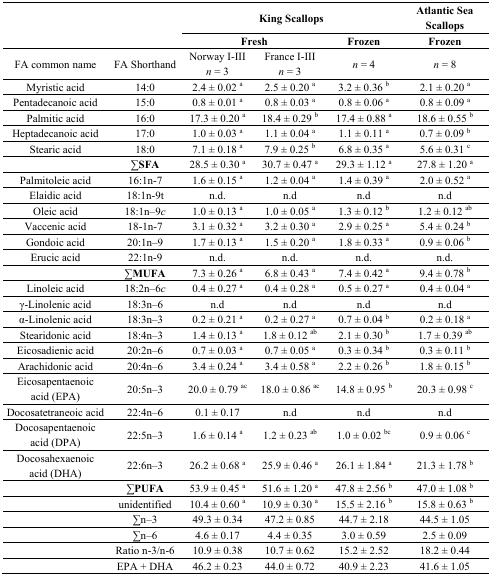
<table><thead><tr><td rowspan="2"></td><td rowspan="2"></td><td colspan="3"><b>King Scallops</b></td><td><b>Atlantic Sea Scallops</b></td></tr><tr><td colspan="2"><b>Fresh</b></td><td><b>Frozen</b></td><td><b>Frozen</b></td></tr></thead><tbody><tr><td>FA common name</td><td>FA Shorthand</td><td>Norway I-III <i>n</i> = 3</td><td>France I-III <i>n</i> = 3</td><td><i>n</i> = 4</td><td><i>n</i> = 8</td></tr><tr><td>Myristic acid</td><td>14:0</td><td>2.4 ± 0.02 <sup>a</sup></td><td>2.5 ± 0.20 <sup>a</sup></td><td>3.2 ± 0.36 <sup>b</sup></td><td>2.1 ± 0.20 <sup>a</sup></td></tr><tr><td>Pentadecanoic acid</td><td>15:0</td><td>0.8 ± 0.01 <sup>a</sup></td><td>0.8 ± 0.03 <sup>a</sup></td><td>0.8 ± 0.06 <sup>a</sup></td><td>0.8 ± 0.09 <sup>a</sup></td></tr><tr><td>Palmitic acid</td><td>16:0</td><td>17.3 ± 0.20 <sup>a</sup></td><td>18.4 ± 0.29 <sup>b</sup></td><td>17.4 ± 0.88 <sup>a</sup></td><td>18.6 ± 0.55 <sup>b</sup></td></tr><tr><td>Heptadecanoic acid</td><td>17:0</td><td>1.0 ± 0.03 <sup>a</sup></td><td>1.1 ± 0.04 <sup>a</sup></td><td>1.1 ± 0.11 <sup>a</sup></td><td>0.7 ± 0.09 <sup>b</sup></td></tr><tr><td>Stearic acid</td><td>18:0</td><td>7.1 ± 0.18 <sup>a</sup></td><td>7.9 ± 0.25 <sup>b</sup></td><td>6.8 ± 0.35 <sup>a</sup></td><td>5.6 ± 0.31 <sup>c</sup></td></tr><tr><td></td><td><b>∑SFA</b></td><td>28.5 ± 0.30 <sup>a</sup></td><td>30.7 ± 0.47 <sup>a</sup></td><td>29.3 ± 1.12 <sup>a</sup></td><td>27.8 ± 1.20 <sup>a</sup></td></tr><tr><td>Palmitoleic acid</td><td>16:1n-7</td><td>1.6 ± 0.15 <sup>a</sup></td><td>1.2 ± 0.04 <sup>a</sup></td><td>1.4 ± 0.39 <sup>a</sup></td><td>2.0 ± 0.52 <sup>a</sup></td></tr><tr><td>Elaidic acid</td><td>18:1n-9t</td><td>n.d.</td><td>n.d</td><td>n.d</td><td>n.d</td></tr><tr><td>Oleic acid</td><td>18:1n–9<i>c</i></td><td>1.0 ± 0.13 <sup>a</sup></td><td>1.0 ± 0.05 <sup>a</sup></td><td>1.3 ± 0.12 <sup>b</sup></td><td>1.2 ± 0.12 <sup>ab</sup></td></tr><tr><td>Vaccenic acid</td><td>18-1n-7</td><td>3.1 ± 0.32 <sup>a</sup></td><td>3.2 ± 0.30 <sup>a</sup></td><td>2.9 ± 0.25 <sup>a</sup></td><td>5.4 ± 0.24 <sup>b</sup></td></tr><tr><td>Gondoic acid</td><td>20:1n–9</td><td>1.7 ± 0.13 <sup>a</sup></td><td>1.5 ± 0.20 <sup>a</sup></td><td>1.8 ± 0.33 <sup>a</sup></td><td>0.9 ± 0.06 <sup>b</sup></td></tr><tr><td>Erucic acid</td><td>22:1n-9</td><td>n.d.</td><td>n.d.</td><td>n.d.</td><td>n.d.</td></tr><tr><td></td><td><b>∑MUFA</b></td><td>7.3 ± 0.26 <sup>a</sup></td><td>6.8 ± 0.43 <sup>a</sup></td><td>7.4 ± 0.42 <sup>a</sup></td><td>9.4 ± 0.78 <sup>b</sup></td></tr><tr><td>Linoleic acid</td><td>18:2n–6<i>c</i></td><td>0.4 ± 0.27 <sup>a</sup></td><td>0.4 ± 0.28 <sup>a</sup></td><td>0.5 ± 0.27 <sup>a</sup></td><td>0.4 ± 0.04 <sup>a</sup></td></tr><tr><td>γ-Linolenic acid</td><td>18:3n–6</td><td>n.d</td><td>n.d</td><td>n.d</td><td>n.d</td></tr><tr><td>α-Linolenic acid</td><td>18:3n–3</td><td>0.2 ± 0.21 <sup>a</sup></td><td>0.2 ± 0.27 <sup>a</sup></td><td>0.7 ± 0.04 <sup>b</sup></td><td>0.2 ± 0.18 <sup>a</sup></td></tr><tr><td>Stearidonic acid</td><td>18:4n–3</td><td>1.4 ± 0.13 <sup>a</sup></td><td>1.8 ± 0.12 <sup>ab</sup></td><td>2.1 ± 0.30 <sup>b</sup></td><td>1.7 ± 0.39 <sup>ab</sup></td></tr><tr><td>Eicosadienic acid</td><td>20:2n–6</td><td>0.7 ± 0.03 <sup>a</sup></td><td>0.7 ± 0.05 <sup>a</sup></td><td>0.3 ± 0.34 <sup>b</sup></td><td>0.3 ± 0.11 <sup>b</sup></td></tr><tr><td>Arachidonic acid</td><td>20:4n–6</td><td>3.4 ± 0.24 <sup>a</sup></td><td>3.4 ± 0.58 <sup>a</sup></td><td>2.2 ± 0.26 <sup>b</sup></td><td>1.8 ± 0.15 <sup>b</sup></td></tr><tr><td>Eicosapentaenoic acid (EPA)</td><td>20:5n–3</td><td>20.0 ± 0.79 <sup>ac</sup></td><td>18.0 ± 0.86 <sup>ac</sup></td><td>14.8 ± 0.95 <sup>b</sup></td><td>20.3 ± 0.98 <sup>c</sup></td></tr><tr><td>Docosatetraneoic acid</td><td>22:4n–6</td><td>0.1 ± 0.17</td><td>n.d</td><td>n.d</td><td>n.d</td></tr><tr><td>Docosapentaenoic acid (DPA)</td><td>22:5n–3</td><td>1.6 ± 0.14 <sup>a</sup></td><td>1.2 ± 0.23 <sup>ab</sup></td><td>1.0 ± 0.02 <sup>bc</sup></td><td>0.9 ± 0.06 <sup>c</sup></td></tr><tr><td>Docosahexaenoic acid (DHA)</td><td>22:6n–3</td><td>26.2 ± 0.68 <sup>a</sup></td><td>25.9 ± 0.46 <sup>a</sup></td><td>26.1 ± 1.84 <sup>a</sup></td><td>21.3 ± 1.78 <sup>b</sup></td></tr><tr><td></td><td><b>∑PUFA</b></td><td>53.9 ± 0.45 <sup>a</sup></td><td>51.6 ± 1.20 <sup>a</sup></td><td>47.8 ± 2.56 <sup>b</sup></td><td>47.0 ± 1.08 <sup>b</sup></td></tr><tr><td></td><td>unidentified</td><td>10.4 ± 0.60 <sup>a</sup></td><td>10.9 ± 0.30 <sup>a</sup></td><td>15.5 ± 2.16 <sup>b</sup></td><td>15.8 ± 0.63 <sup>b</sup></td></tr><tr><td></td><td>∑n–3</td><td>49.3 ± 0.34</td><td>47.2 ± 0.85</td><td>44.7 ± 2.18</td><td>44.5 ± 1.05</td></tr><tr><td></td><td>∑n–6</td><td>4.6 ± 0.17</td><td>4.4 ± 0.35</td><td>3.0 ± 0.59</td><td>2.5 ± 0.09</td></tr><tr><td></td><td>Ratio n-3/n-6</td><td>10.9 ± 0.38</td><td>10.7 ± 0.62</td><td>15.2 ± 2.52</td><td>18.2 ± 0.44</td></tr><tr><td></td><td>EPA + DHA</td><td>46.2 ± 0.23</td><td>44.0 ± 0.72</td><td>40.9 ± 2.23</td><td>41.6 ± 1.05</td></tr></tbody></table>